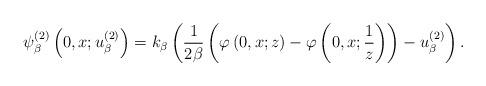
LaTeX: \begin{align*}\psi _{\beta }^{(2)}\left( 0,x;u_{\beta }^{(2)}\right) =k_{\beta }\left( \frac{1}{2\beta }\left( \varphi \left( 0,x;z\right) -\varphi \left( 0,x;\frac{1}{z}\right) \right) -u_{\beta }^{(2)}\right) . \end{align*}